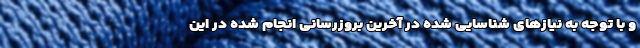
و با توجه به نیازهای شناسایی شده در آخرین بروزرسانی انجام شده در این